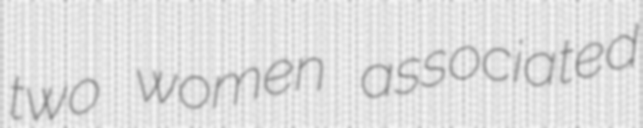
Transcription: two women associated